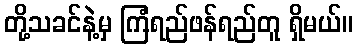
တို့သခင်နဲ့မှ ကြံရည်ဖန်ရည်တူ ရှိမယ်။